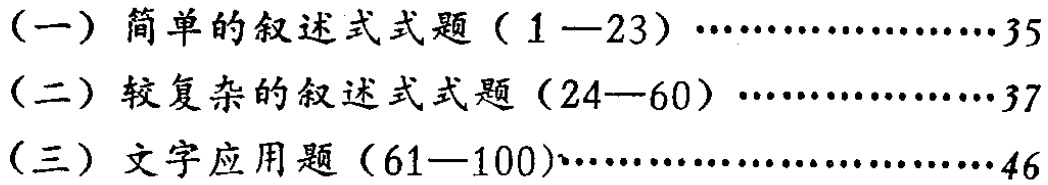
（一）简单的叙述式式题（1—23）…………………35

（二）较复杂的叙述式式题（24—60）…………………37

（三）文字应用题（61—100)…………………………46